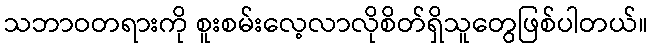
သဘာဝတရားကို စူးစမ်းလေ့လာလိုစိတ်ရှိသူတွေဖြစ်ပါတယ်။